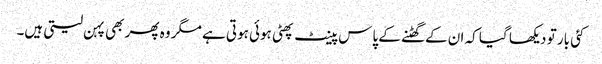
کئی بار تو دیکھا گیا کہ ان کے گھٹنے کے پاس پینٹ پھٹی ہوئی ہوتی ہے مگر وہ پھر بھی پہن لیتی ہیں۔